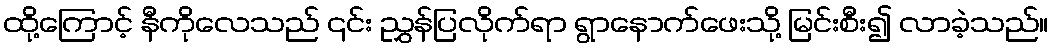
ထို့ကြောင့် နီကိုလေသည် ၎င်း ညွှန်ပြလိုက်ရာ ရွာနောက်ဖေးသို့ မြင်းစီး၍ လာခဲ့သည်။